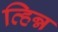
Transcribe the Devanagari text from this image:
व्हिन्न